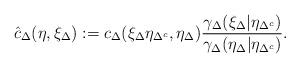
LaTeX: \begin{align*} \hat{c}_{\Delta}(\eta, \xi_{\Delta}) := c_{\Delta}(\xi_{\Delta}\eta_{\Delta^c}, \eta_{\Delta})\frac{\gamma_{\Delta}(\xi_{\Delta}|\eta_{\Delta^c})}{\gamma_{\Delta}(\eta_{\Delta}|\eta_{\Delta^c})}. \end{align*}